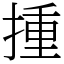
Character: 揰